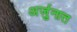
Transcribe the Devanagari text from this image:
अर्जुनात